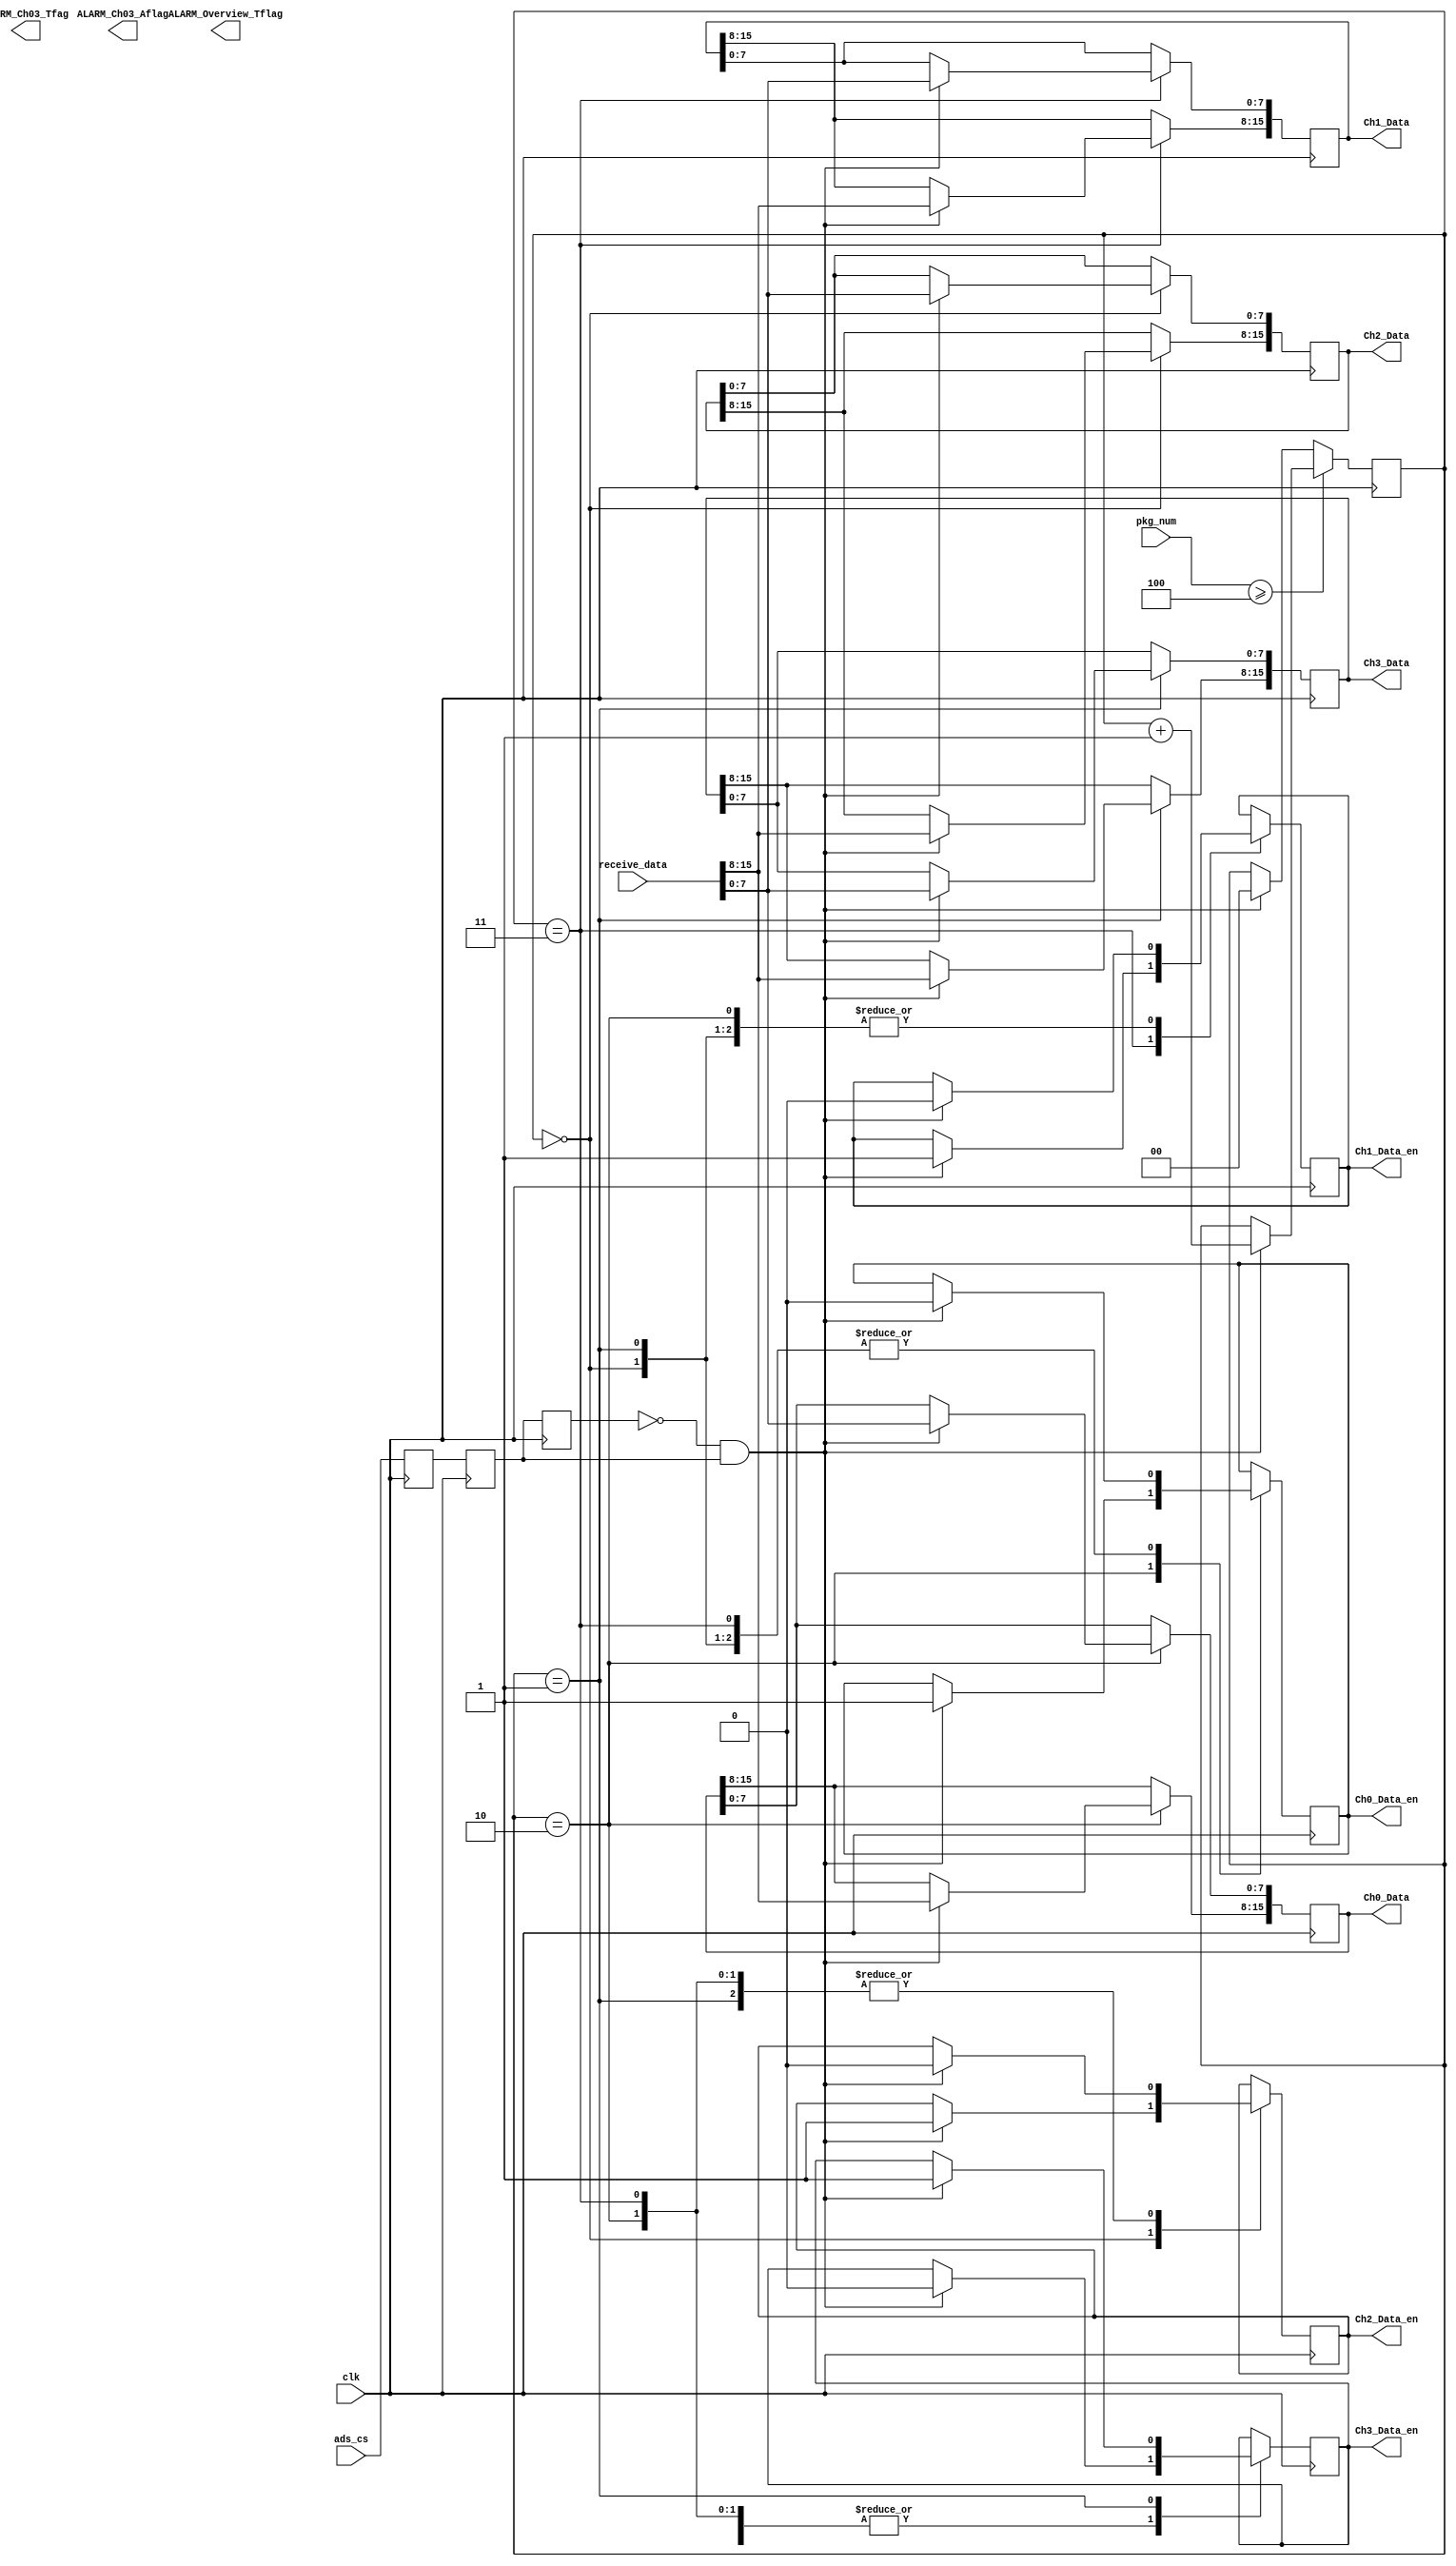
`timescale 1ns / 1ns
//////////////////////////////////////////////////////////////////////////////////
module ads_dat_acquire(
    input clk,
	 
	 input ads_cs,
	 input [15:0]pkg_num,
	 input [15:0]receive_data,
	 
	 output reg [7:0]ALARM_Overview_Tflag,
	 output reg [7:0]ALARM_Ch03_Tfag,
	 output reg [7:0]ALARM_Ch03_Aflag,
	 output reg [15:0]Ch0_Data,
	 output reg [15:0]Ch1_Data,
	 output reg [15:0]Ch2_Data,
	 output reg [15:0]Ch3_Data,
	 output reg Ch0_Data_en,
	 output reg Ch1_Data_en,
	 output reg Ch2_Data_en,
	 output reg Ch3_Data_en
    );
	 
//register define


wire pos_ads_cs;


reg ads_cs_r0,ads_cs_r1,ads_cs_r2;
always@(posedge clk)
	begin
		ads_cs_r0<=ads_cs;
		ads_cs_r1<=ads_cs_r0;
		ads_cs_r2<=ads_cs_r1;
	end

assign pos_ads_cs=(~ads_cs_r2)&ads_cs_r1;
assign neg_ads_cs=ads_cs_r2&(~ads_cs_r1);   

reg [1:0]ads_rotater;
 always @(posedge clk)
	begin
		//if(pkg_num>=16'h001b)//include alarm
		if(pkg_num>=16'h0004)
			begin
				if(pos_ads_cs)ads_rotater<=ads_rotater+1;
				else ads_rotater<=ads_rotater;
				
			end
		else
			begin
				if(pos_ads_cs)ads_rotater<=0;
				else ads_rotater<=ads_rotater;
				
			end
	end
 always @(posedge clk)
	begin
		case(ads_rotater)
			2:
				begin
					if(pos_ads_cs)
						begin
							Ch0_Data[7:0] <=receive_data[7:0] ;
							Ch0_Data[15:8]<=receive_data[15:8];
							Ch0_Data_en<=1;
							Ch1_Data_en<=0;
							Ch2_Data_en<=0;
							Ch3_Data_en<=0;
						end
					else Ch0_Data<=Ch0_Data;
				end
			3:
				begin
					if(pos_ads_cs)
						begin
							Ch1_Data[7:0] <=receive_data[7:0] ;
							Ch1_Data[15:8]<=receive_data[15:8];
							Ch0_Data_en<=0;
							Ch1_Data_en<=1;
							Ch2_Data_en<=0;
							Ch3_Data_en<=0;
						end
					else Ch1_Data<=Ch1_Data;
				end
			0:
				begin
					if(pos_ads_cs)
						begin
							Ch2_Data[7:0] <=receive_data[7:0] ;
							Ch2_Data[15:8]<=receive_data[15:8];
							Ch0_Data_en<=0;
							Ch1_Data_en<=0;
							Ch2_Data_en<=1;
							Ch3_Data_en<=0;
						end
					else Ch2_Data<=Ch2_Data;
				end
			1:
				begin
					if(pos_ads_cs)
						begin
							Ch3_Data[7:0] <=receive_data[7:0] ;
							Ch3_Data[15:8]<=receive_data[15:8];
							Ch0_Data_en<=0;
							Ch1_Data_en<=0;
							Ch2_Data_en<=0;
							Ch3_Data_en<=1;
						end
					else Ch3_Data<=Ch3_Data;

				end
			default:
				begin
					Ch0_Data<=Ch0_Data;
					Ch1_Data<=Ch1_Data;
					Ch2_Data<=Ch2_Data;
					Ch3_Data<=Ch3_Data;
					Ch0_Data_en<=0;
					Ch1_Data_en<=0;
					Ch2_Data_en<=0;
					Ch3_Data_en<=0;
				end
		endcase
	end
/*include alarm		
 always @(posedge clk)
	begin
		case(pkg_num)
			16'h0019:ALARM_Overview_Tflag<=receive_data[15:8];
			16'h001a:ALARM_Ch03_Tfag	  <=receive_data[15:8];
			16'h001b:ALARM_Ch03_Aflag    <=receive_data[15:8];
			default:
				begin
					ALARM_Overview_Tflag	<=ALARM_Overview_Tflag;
					ALARM_Ch03_Tfag		<=ALARM_Ch03_Tfag;
					ALARM_Ch03_Aflag		<=ALARM_Ch03_Aflag;
				end
		endcase
	end */
	
endmodule